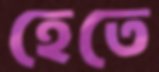
হেতে